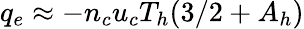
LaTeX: q_{e}\approx-n_{c}u_{c}T_{h}(3/2+A_{h})